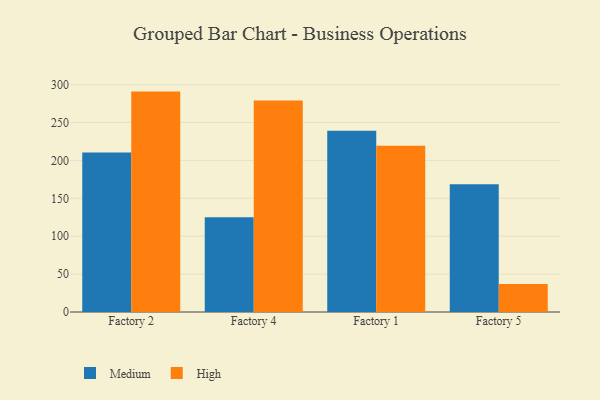
{"axis": {"x": "Factory", "y": "Page Views"}, "legend": ["High", "Medium"], "data": [{"x": "Factory 2", "y": 210.6, "type": "Medium"}, {"x": "Factory 2", "y": 290.8, "type": "High"}, {"x": "Factory 4", "y": 124.9, "type": "Medium"}, {"x": "Factory 4", "y": 278.9, "type": "High"}, {"x": "Factory 1", "y": 239.0, "type": "Medium"}, {"x": "Factory 1", "y": 219.5, "type": "High"}, {"x": "Factory 5", "y": 168.6, "type": "Medium"}, {"x": "Factory 5", "y": 36.8, "type": "High"}]}